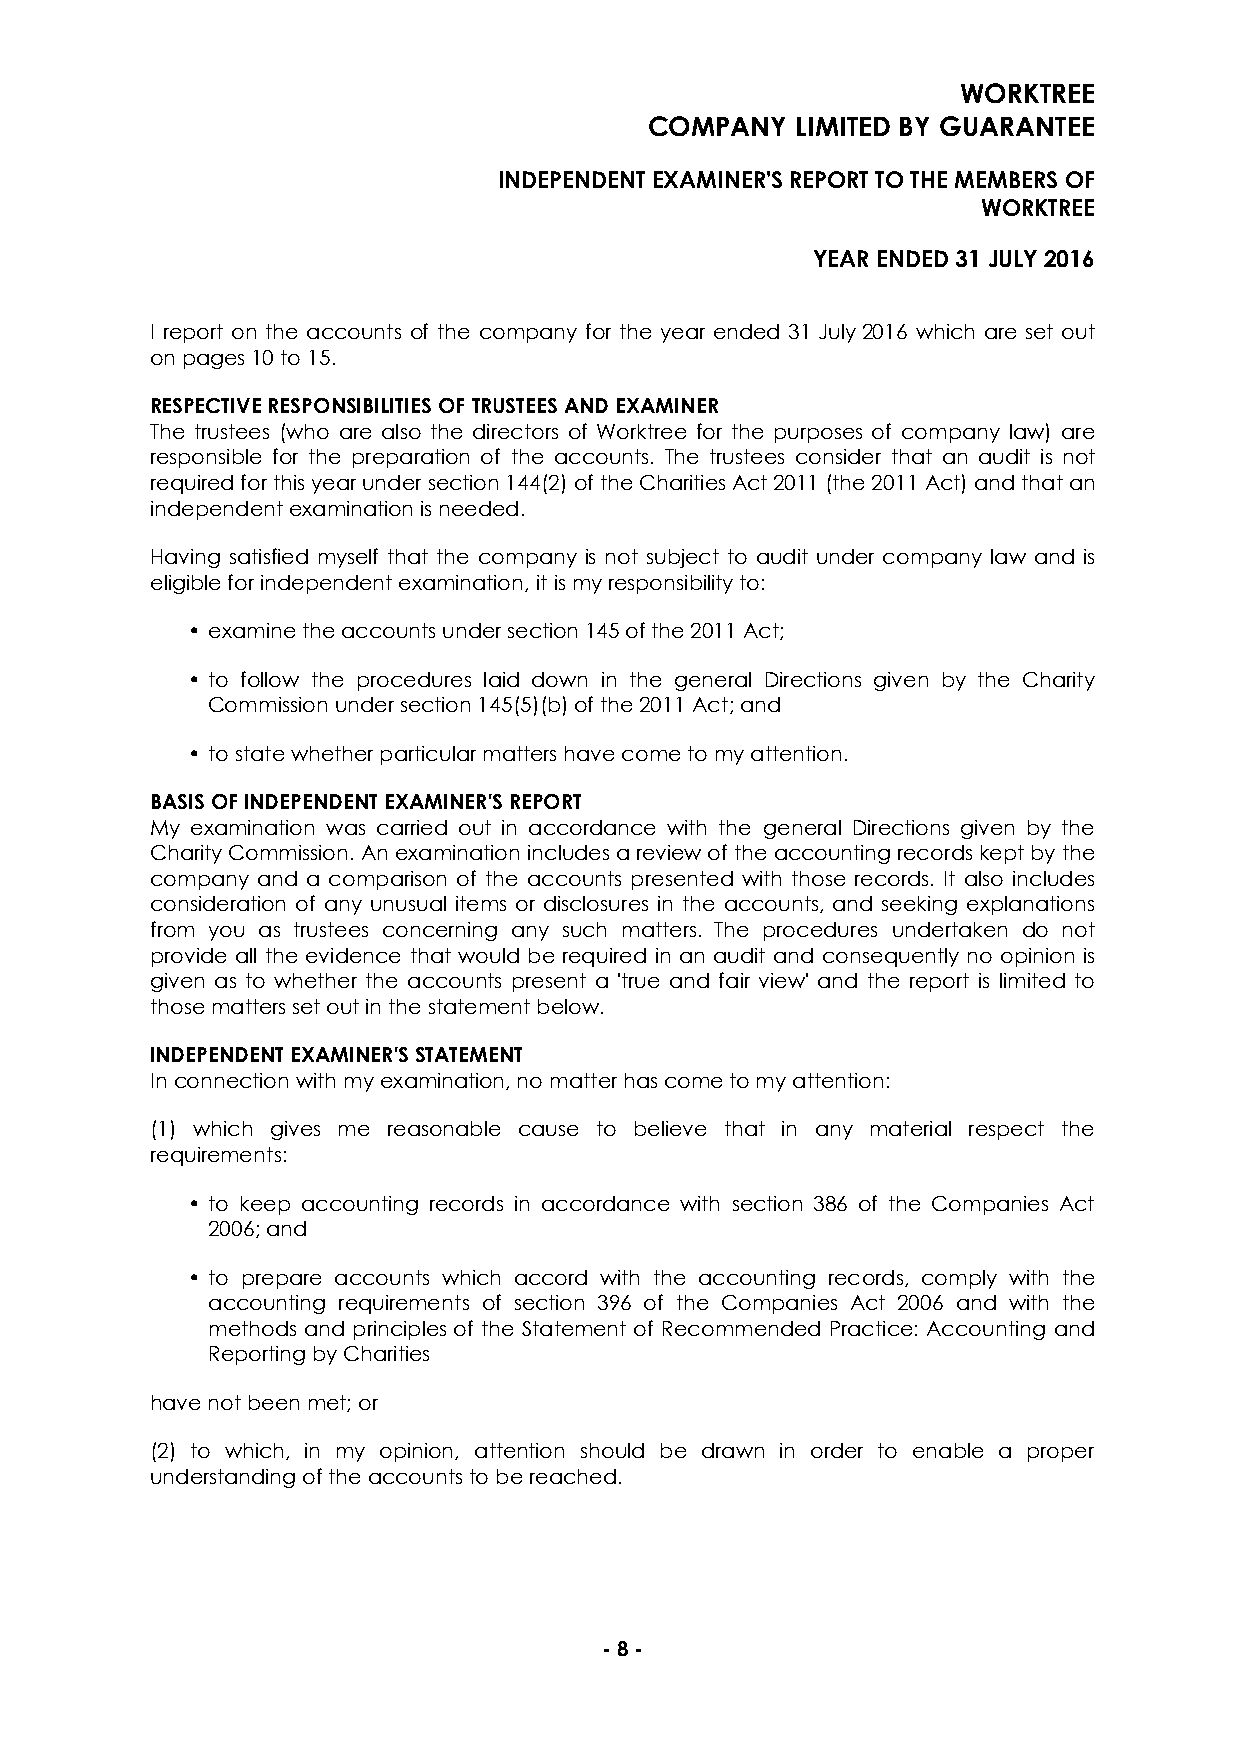
WORKTREE
 COMPANY   LIMITED BY GUARANTEE
 INDEPENDENT EXAMINER'S REPORT TO THE MEMBERS OF
 WORKTREE
 YEAR ENDED 31 JULY 2016
 I report on the accounts of the company for the year ended 31 July 2016 which are set out
 on pages 10 to 15.
 RESPECTIVE RESPONSIBILITIES OF TRUSTEES AND EXAMINER
 The trustees (who are also the directors of Worktree for the purposes of company law) are
 responsible for the preparation of the accounts. The trustees consider that an audit is not
 required for this year under section 144(2) of the Charities Act 2011 (the 2011 Act) and that an
 independent examination is needed.
 Having satisfied myself that the company is not subject to audit under company law and is
 eligible for independent examination, it is my responsibility to:
 • examine the accounts under section 145 of the 2011 Act;
 • to follow the procedures laid down in the general Directions given by the Charity
 Commission under section 145(5)(b) of the 2011 Act; and
 • to state whether particular matters have come to my attention.
 BASIS OF INDEPENDENT EXAMINER'S REPORT
 My examination was carried out in accordance with the general Directions given by the
 Charity Commission. An examination includes a review of the accounting records kept by the
 company and a comparison of the accounts presented with those records. It also includes
 consideration of any unusual items or disclosures in the accounts, and seeking explanations
 from you as trustees concerning any such matters. The procedures undertaken do not
 provide all the evidence that would be required in an audit and consequently no opinion is
 given as to whether the accounts present a 'true and fair view' and the report is limited to
 those matters set out in the statement below.
 INDEPENDENT EXAMINER'S STATEMENT
 In connection with my examination, no matter has come to my attention:
 (1) which gives me reasonable cause to believe that in any material respect the
 requirements:
 • to keep accounting records in accordance with section 386 of the Companies Act
 2006; and
 • to prepare accounts which accord with the accounting records, comply with the
 accounting requirements of section 396 of the Companies Act 2006 and with the
 methods and principles of the Statement of Recommended Practice: Accounting and
 Reporting by Charities
 have not been met; or
 (2) to which, in my opinion, attention should be drawn in order to enable a proper
 understanding of the accounts to be reached.
 - 8 -